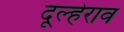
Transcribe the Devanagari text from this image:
दूल्हेराव